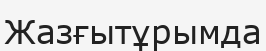
Жазғытұрымда